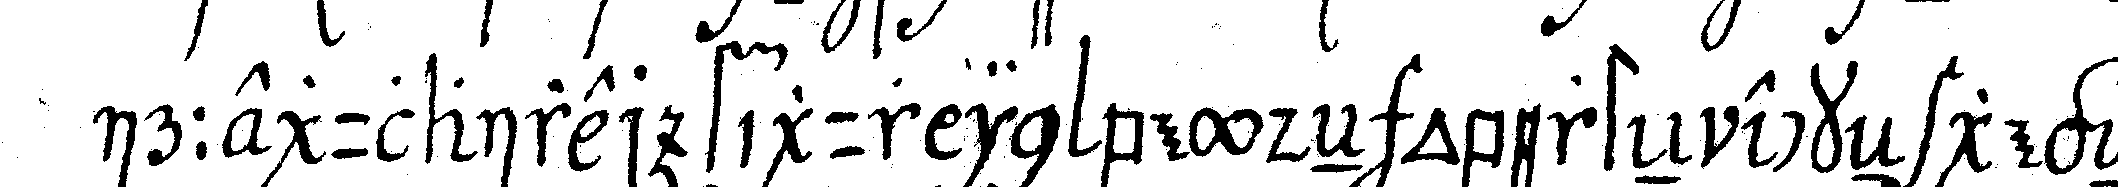
irregulairer figur in beydeN obersteN eckeN gegeN